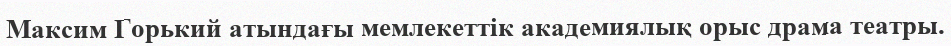
Максим Горький атындағы мемлекеттік академиялық орыс драма театры.